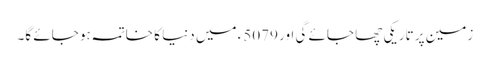
زمین پر تاریکی چھا جائے گی اور 5079ء میں دنیا کا خاتمہ ہو جائے گا۔